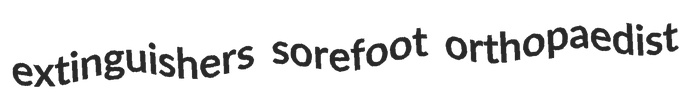
extinguishers sorefoot orthopaedist